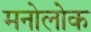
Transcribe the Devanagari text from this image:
मनोलोक